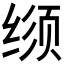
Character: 𬘳